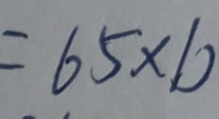
= 6 5 \times b